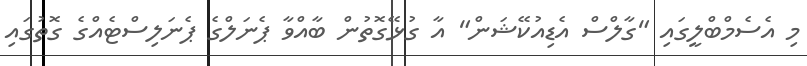
މި އެސެމްބްލީގައި "ގާލްސް އެޑިއުކޭޝަން" އާ ގުޅޭގޮތުން ބާއްވާ ޕެނަލްގެ ޕެނަލިސްޓެއްގެ ގޮތުގައި